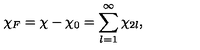
\chi _ { F } = \chi - \chi _ { 0 } = \sum _ { l = 1 } ^ { \infty } \chi _ { 2 l } ,